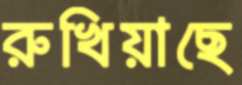
রুখিয়াছে